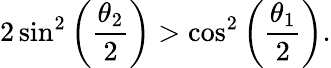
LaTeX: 2\sin^{2}\left(\frac{\theta_{2}}{2}\right)>\cos^{2}\left(\frac{\theta_{1}}{2}\right).